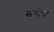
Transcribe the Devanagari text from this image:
सुगीप